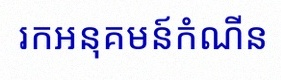
រកអនុគមន៍កំណើន